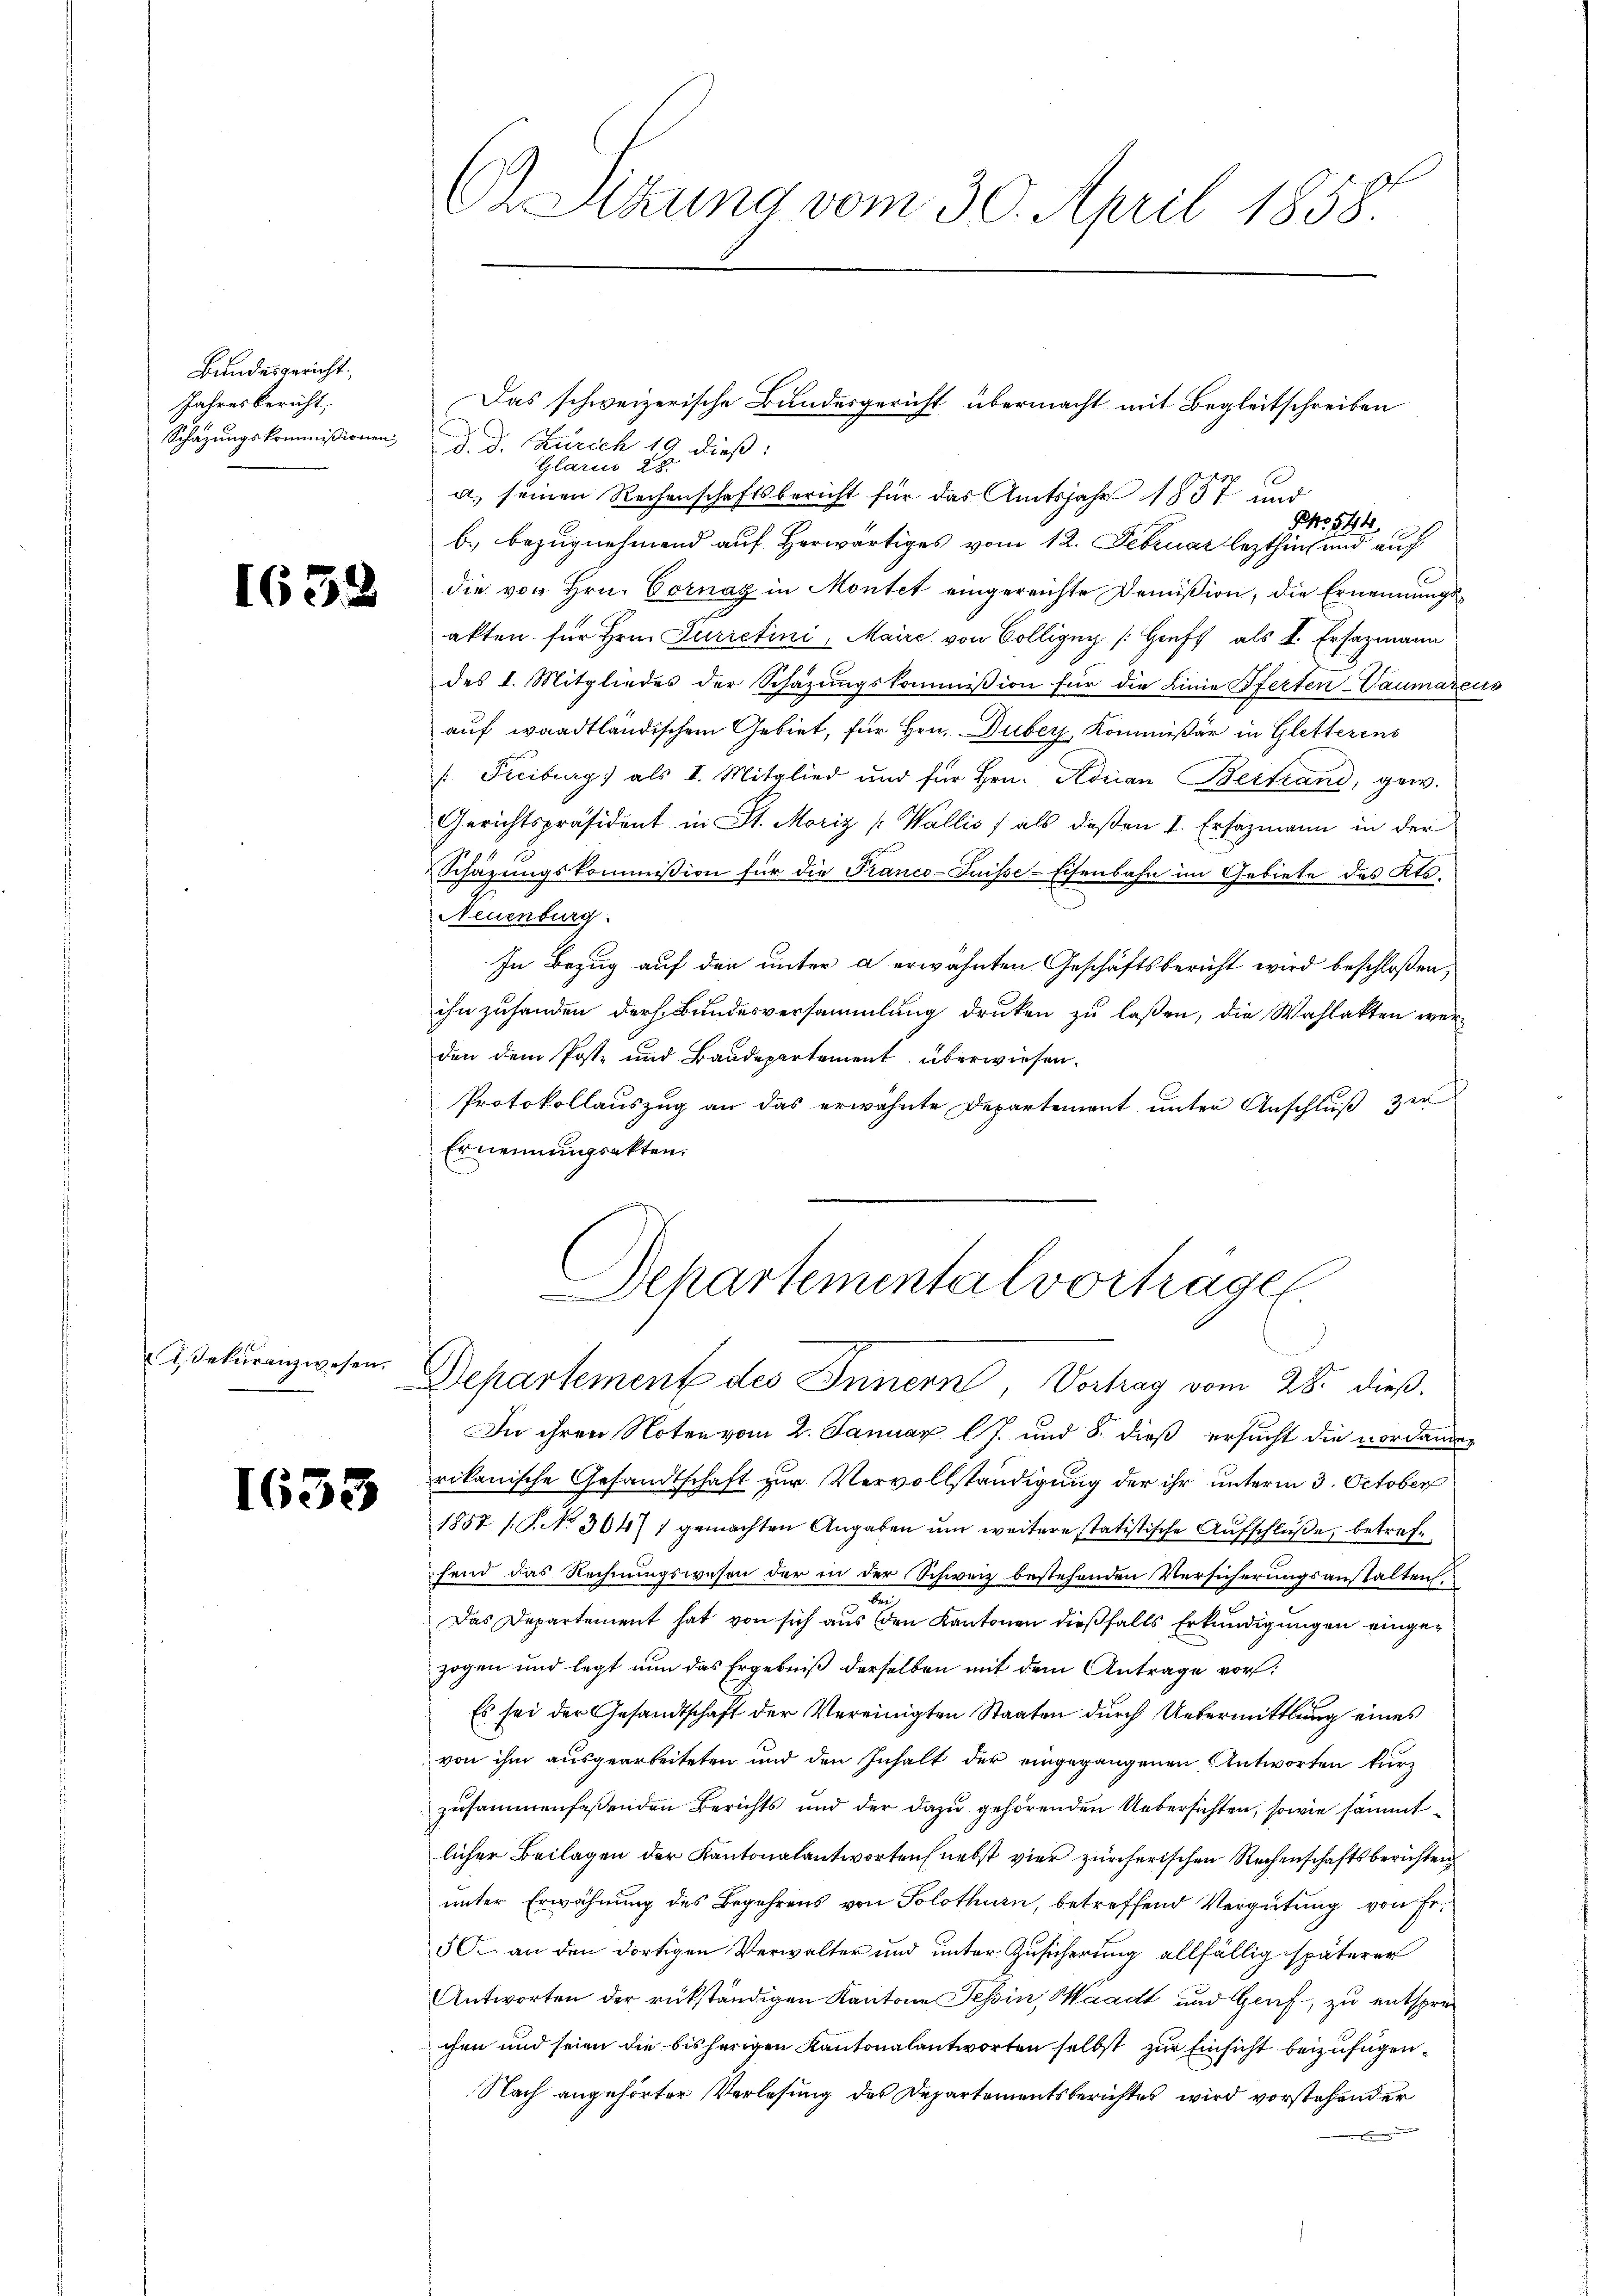
Bundesgericht
Jahresbericht,
Schazungskommißionen

1658

Asekuranzwesen.

1633

A Sitzung vom 30. April 1858.

J. J. Zürich 19 dieß:
Glarus 28.
a.) seinen Rechenschaftsbericht für das Amtsjahr 1857 und
Ao. 141
b. bezugnehmend auf Herwärtiges vom 12. Februar lezthin und auf
die von Hrn. Cornaz in Montet eingereichte Demission, die Ernennungsakten für Hrn. Furretini, Maire von Colligny [Gruft als I. Ersazmann
des I. Mitgliedes der Schazungskommission für die Linie Pferten-Vaumadeus
auf waadtländischem Gebiet, für Hrn. Duber, Kommißär in Gletterens
/: Freiburg, als I. Mitglied und für Hrn. Adrian Bertrand, gew.
Gerichtspräsident in St. Moriz [Wallis fals deßen I. Ersazmann in der
Schazungskommission für die Franco-Puisse-Eisenbahn im Gebiete des Kts.
Neuenburg.
In Bezug auf den unter a erwähnten Geschäftsbericht wird beschloßen,
ihn zuhanden der Bundesversammlung drucken zu laßen, die Wahlakten werden dem Poste und Baudepartement überwiesen.
Protokollauszug an das erwähnte Departement ŭnter Anschlŭβ zu
Ernennungsakten.

Das schweizerische Bundesgericht übermacht mit Begleitschreiben

Schartemental vortragen.
Departement des Innern, Vertrag vom 28. dieß.

In ihren Noten vom 2. Januar lJ. und 8. dieß ersucht die vorhander
rikanische Gesandtschaft zur Vervollständigung der ihr unterm 3. October
1857 / P. Nr. 304 1 gemachten Angaben um weitere statistische Aufschluße, betrefe
fend das Rechnungswesen der in der Schweiz bestehenden Versicherungsanstalten,
Das Departement hat von sich aus den Kantonen dießfalls Erkundigungen eingezogen und legt nun das Ergebniß derselben mit dem Antrage vor:
Es sei der Gesandtschaft der Vereinigten Staaten durch Uebermittlung eines
von ihm ausgearbeiteten und den Inhalt der eingegangenen Antworten kurz
zusammenfassenden Berichts und der dazu gehörenden Uebersichten, sowie sämmtlicher Beilagen der Kantonalantworteil nebst vier zürcherischen Rechenschaftsberichten
unter Erwähnung des Begehrens von Solothurn, betreffend Vergütung von Er¬
5. an den dortigen Verwalter und unter Zusicherung allfällig späterer
Antworten der rükständigen Kantone Tessin, Waadt und Genf, zu entsprechen und seien die bisherigen Kantonalantworten selbst zur Einsicht beizufügen¬
Nach angehörter Verlesung des Departementsberichtes wird vorstehender